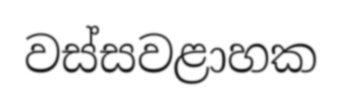
වස්සවළාහක